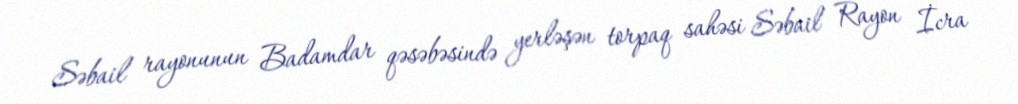
Səbail rayonunun Badamdar qəsəbəsində yerləşən torpaq sahəsi Səbail Rayon İcra